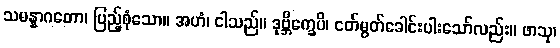
သမန္နာဂတော၊ ပြည့်စုံသော။ အဟံ၊ ငါသည်။ ဒုဗ္ဘိက္ခေပိ၊ ငတ်မွတ်ခေါင်းပါးသော်လည်း။ ဖာသု၊